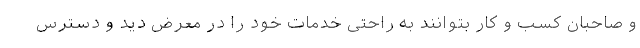
و صاحبان کسب و کار بتوانند به راحتی خدمات خود را در معرض دید و دسترس